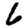
Digit: 6